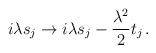
\begin{align*}i\lambda s_j \to i\lambda s_j - \frac{\lambda^2}{2} t_j \,.\end{align*}